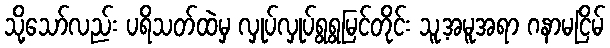
သို့သော်လည်း ပရိသတ်ထဲမှ လှုပ်လှုပ်ရွရွမြင်တိုင်း သူ့အမူအရာ ဂနာမငြိမ်